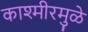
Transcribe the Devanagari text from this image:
काश्मीरमुळे